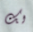
لك